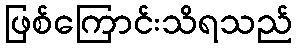
ဖြစ်ကြောင်းသိရသည်